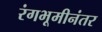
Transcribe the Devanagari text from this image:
रंगभूमीनंतर